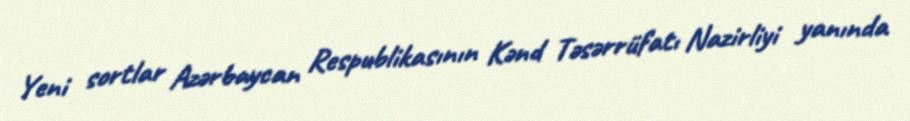
Yeni sortlar Azərbaycan Respublikasının Kənd Təsərrüfatı Nazirliyi yanında